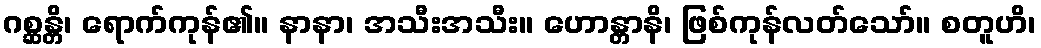
ဂစ္ဆန္တိ၊ ရောက်ကုန်၏။ နာနာ၊ အသီးအသီး။ ဟောန္တာနိ၊ ဖြစ်ကုန်လတ်သော်။ စတူဟိ၊